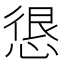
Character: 𭝮